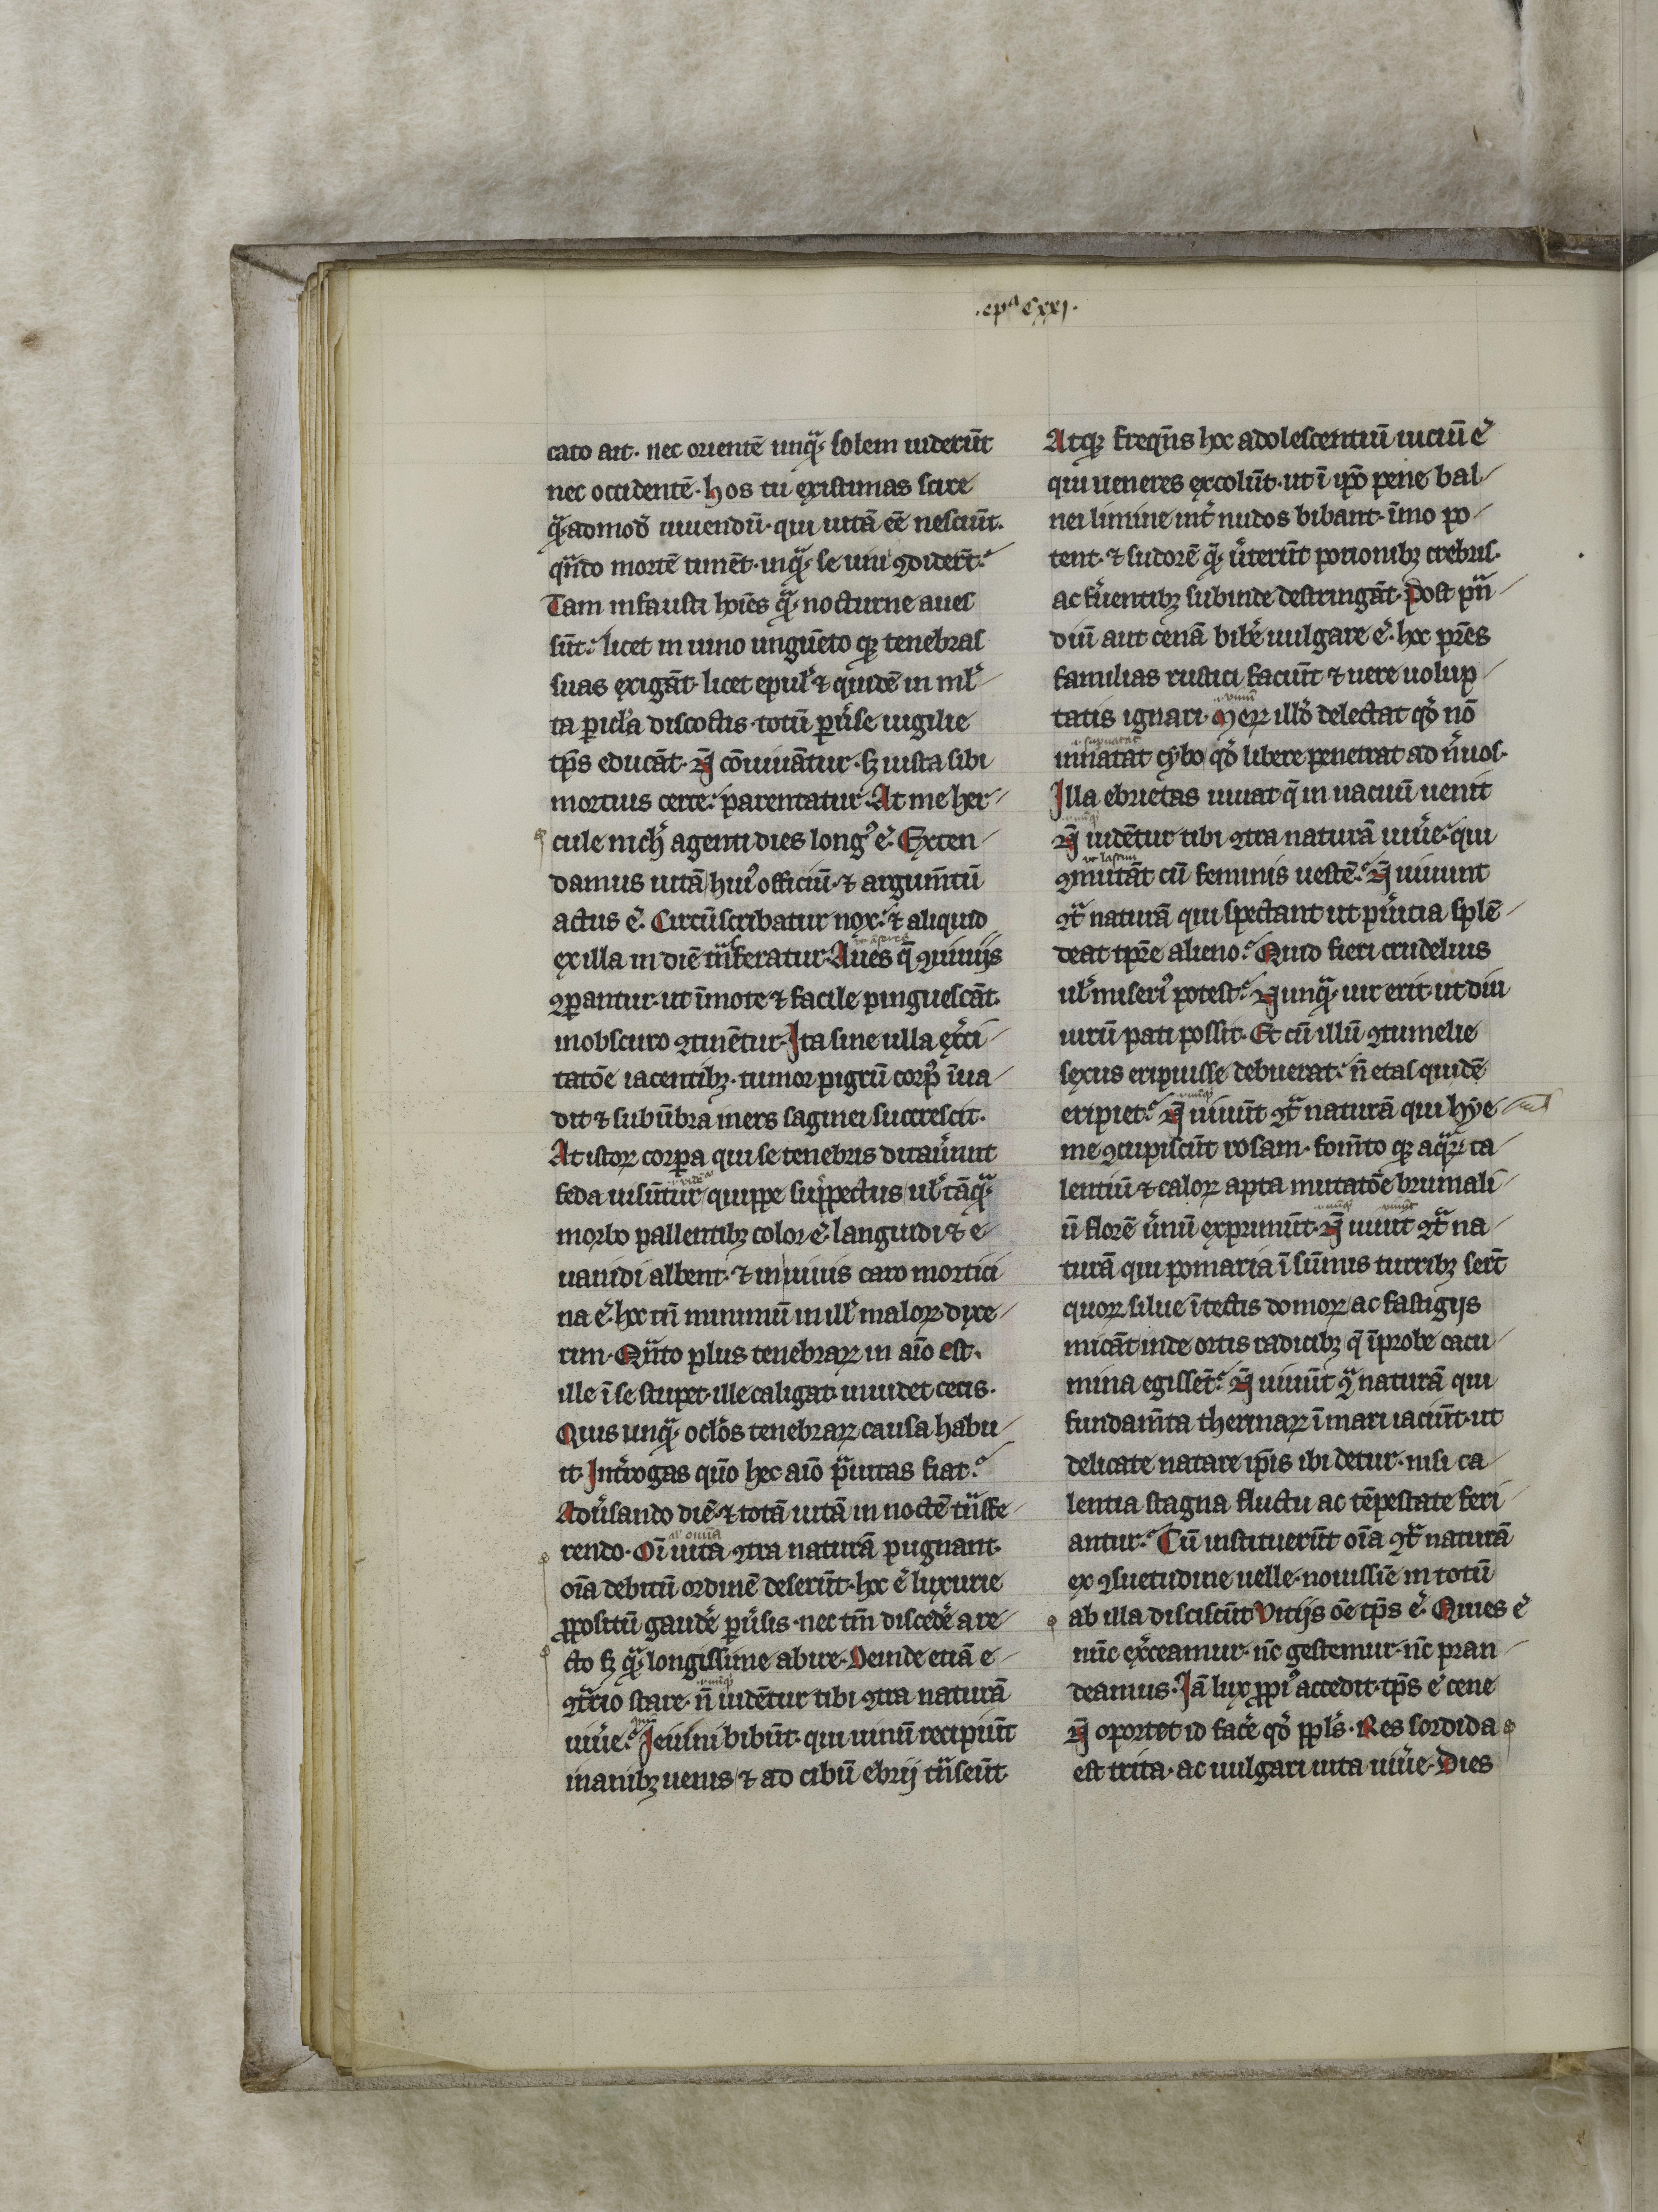
Shelfmark: Arras, Médiathèque de l'Abbaye Saint-Vaast - 315  (CGM 861)
Century: 14